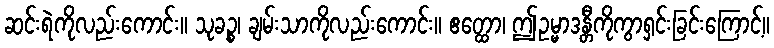
ဆင်းရဲကိုလည်းကောင်း။ သုခဉ္စ၊ ချမ်းသာကိုလည်းကောင်း။ ဧတ္ထော၊ ဤဥမ္မာဒန္တီကိုကွာရှင်းခြင်းကြောင့်။